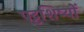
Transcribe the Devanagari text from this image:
पट्टशिष्यों